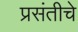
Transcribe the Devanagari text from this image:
प्रसंतीचे